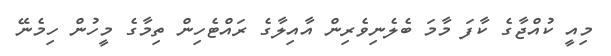
މިއީ ކުއްޖާގެ ކާފަ މާމަ ބެލެނިވެރިން އާއިލާގެ ރައްޓެހިން ތިމާގެ މީހުން ހިމެނޭ